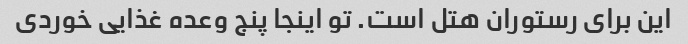
این برای رستوران هتل است. تو اینجا پنج وعده غذایی خوردی